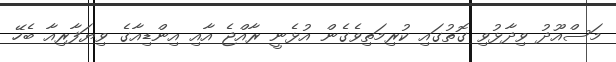
މަސްއޫދު ވިދާޅުވި ގޮތުގައި ކުރިމަތިވެގެން އުޅެނީ ރާއްޖެ އާއި އިންޑިއާގެ ވިޔަފާރިއާ ބެހޭ